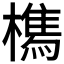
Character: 𭬘